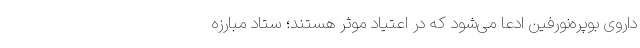
داروی بوپره‌نورفین ادعا می‌شود که در اعتیاد موثر هستند؛ ستاد مبارزه